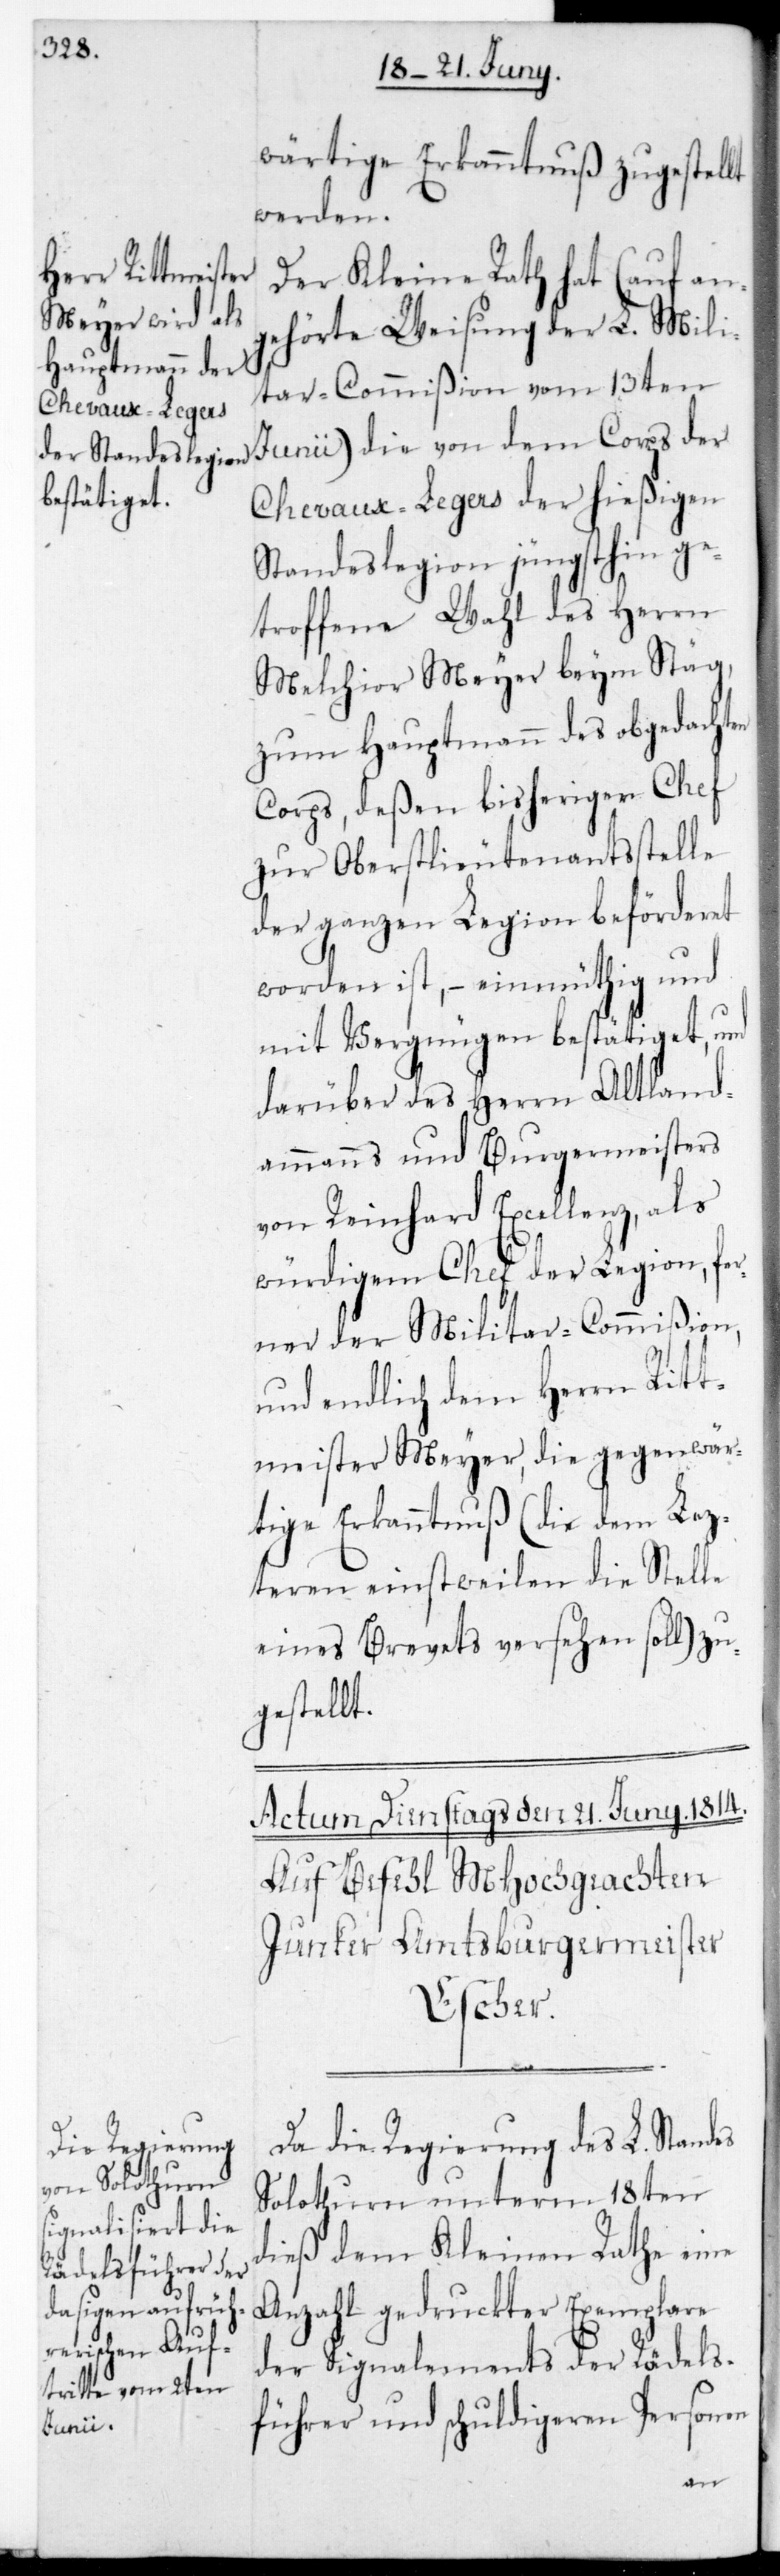
wärtige Erkanntnuß zugestellt
werden.
Der Kleine Rath hat (auf an¬
gehörte Weisung der L. Mili¬
tar-Commißion vom 13ten
Chevaux-Legers der hießigen
Standeslegion jüngsthin ge¬
troffene Wahl des Herrn
Melchior Meyer beym Stäg,
zum Hauptmann des obgedachten
Corps, deßen bisheriger Chef
zur Oberstlieutenantsstelle
der ganzen Legion beförderet
worden ist, – einmüthig und
mit Vergnügen bestätiget, und
darüber des Herrn Altland¬
ammanns und Burgermeisters
von Reinhard Excellenz, als
würdigem Chef der Legion, fer¬
ner der Militar-Commißion,
und endlich dem Herrn Ritt¬
meister Meyer, die gegenwär¬
tige Erkanntnuß (die dem letz¬
teren einstweilen die Stelle
eines Brevets versehen soll) zu¬
gestellt.
Corps der
Da die Regierung des L. Standes
Solothurn unterm 18ten
dieß dem Kleinen Rathe eine
Anzahl gedruckter Exemplare
der Signalements der Rädels¬
führer und schuldigeren Personen
Junii)
von